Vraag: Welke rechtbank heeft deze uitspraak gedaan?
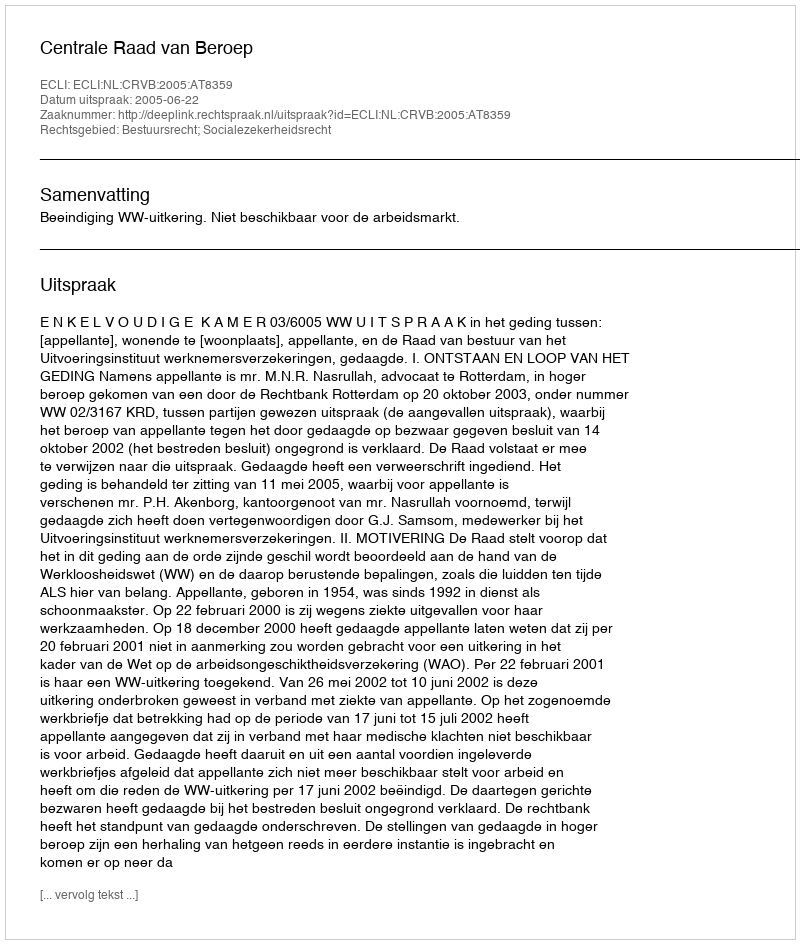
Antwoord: Centrale Raad van Beroep